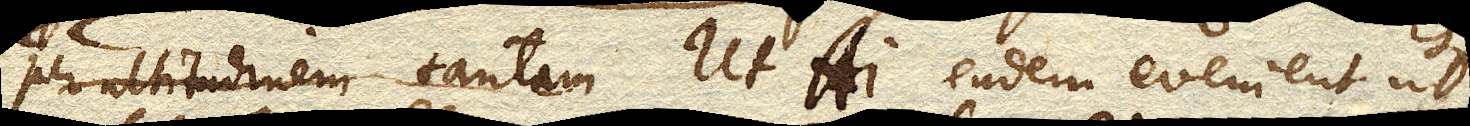
per altitudinem tantam ut AI. eadem evenient ut